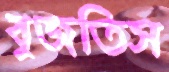
বুজতিস